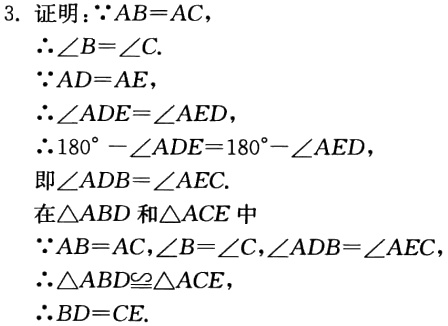
3. 证明：
因为 \(AB = AC\)，
所以 \(\angle B=\angle C\).
因为 \(AD = AE\)，
所以 \(\angle ADE=\angle AED\)，
所以 \(180^{\circ}-\angle ADE = 180^{\circ}-\angle AED\)，
即 \(\angle ADB=\angle AEC\).
在\(\triangle ABD\)和\(\triangle ACE\)中
因为 \(AB = AC\)，\(\angle B=\angle C\)，\(\angle ADB=\angle AEC\)
所以 \(\triangle ABD\cong\triangle ACE\)，
所以 \(BD = CE\).